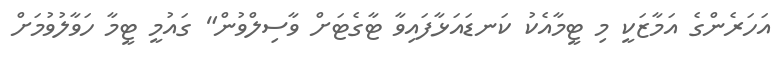
އަހަރެންގެ އަމާޒަކީ މި ޓީމާއެކު ކަނޑައަޅާފައިވާ ޓާގެޓަށް ވާސިލްވުން" ގައުމީ ޓީމާ ހަވާލުވުމަށް